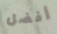
أفضل